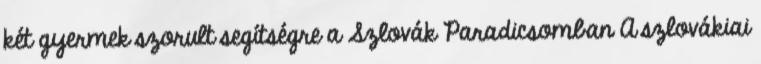
két gyermek szorult segítségre a Szlovák Paradicsomban A szlovákiai